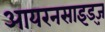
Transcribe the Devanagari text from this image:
आयरनसाइड्ज़